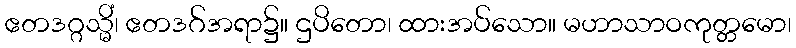
ဧတဒဂ္ဂသ္မိံ၊ ဧတဒဂ်အရာ၌။ ဌပိတော၊ ထားအပ်သော။ မဟာသာဝကုတ္တမော၊